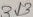
Text: 313